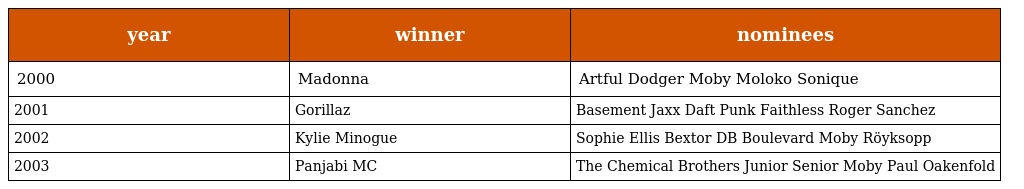
| year | winner | nominees |
 | --- | --- | --- |
 | 2000 | Madonna | Artful Dodger Moby Moloko Sonique |
 | 2001 | Gorillaz | Basement Jaxx Daft Punk Faithless Roger Sanchez |
 | 2002 | Kylie Minogue | Sophie Ellis Bextor DB Boulevard Moby Röyksopp |
 | 2003 | Panjabi MC | The Chemical Brothers Junior Senior Moby Paul Oakenfold |